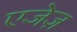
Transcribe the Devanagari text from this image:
एजेज़